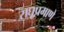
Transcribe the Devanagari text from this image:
राघूप्रमाणे